Report on lock hospitals in British Burma
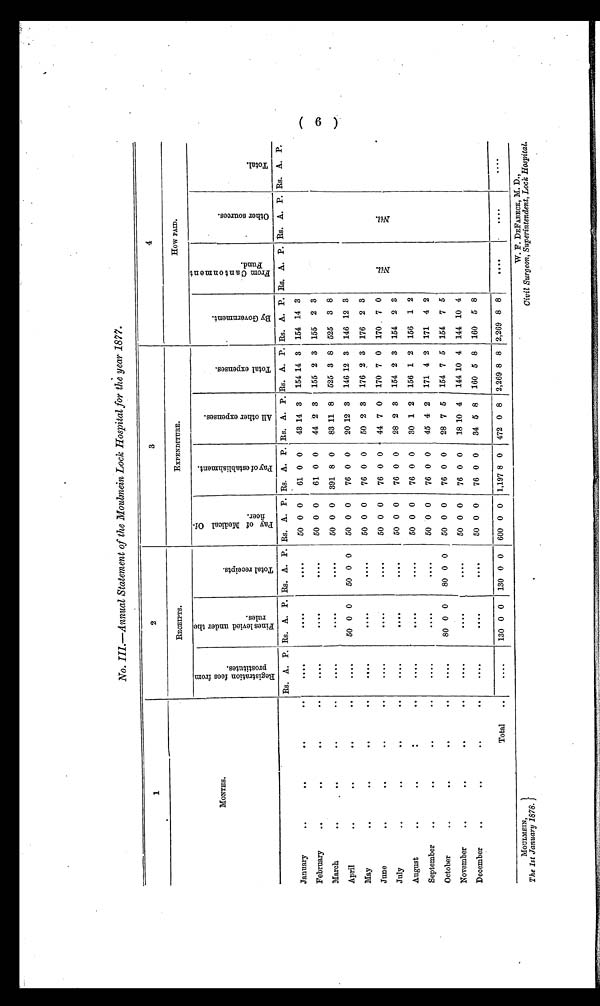
MOULMEIN,
The 1st January 1878.
W. F. DEFABECK, M. D.,
Civil Surgeon, Superintendent, Lock Hospital.
No. III.—Annual Statement of the Moulmein Lock Hospital for the year 1877.
1
2
3
4
MONTHS.
RECEIPTS.
EXPENDITURE.
How PAID.
R e g i s t r a t i o n f e e s f r o m p r o s t i t u t e s .
F i n e s l e v i e d u n d e r t h e r u l e s .
T o t a l r e c e i p t s .
P a y o f M e d i c a l o f f i c e r .
P a y o f e s t a b l i h m e n t .
A l l o t h e r e x p e n s e s .
T o t a l e x p e n s e s .
B y g o v e r n m e n t .
F r o m C a n t o n m e n t F u n d .
O t h e r s o u r c e s .
T o t a l .
Rs. A. P. Rs. A. P. Rs. A. P. Rs. A. P. Rs. A. P. Rs. A. P. Rs. A. P. Rs. A. P. Rs. A. P. Rs. A. P. Rs. A. P.
January
..
..
..
..
. .
••••
••••
50 0 0
61 0 0
43 14 3
154 14 3
154 14 3
N i l .
N i l .
February
..
. .
. .
. .
. . . .
. . . .
....
50 0 0
61 0 0
44 2 3
155 2 3 155 2 3
March
. .
..
. .
. .
. . . .
. . . .
••••
50 0 0
391 8 0
83 11 8
525 3 8
525
3 8
April
..
. .
. .
. .
. . . . 50 0 0
50 0 0
50 0 0
76 0 0
20 12 3
146 12 3
146 12 3
May
. .
..
. .
. .
....
. . . .
. . . .
50 0 0
76 0 0
50 2 3
176 2 3
176
2 3
June
. .
. .
. .
. .
. . . .
....
. . . .
50 0 0
76 0 0
44 7 0 1 170 7 0
170
7 0
July
..
..
..
..
••••
. . . .
. . . .
50 0 0
76 0 0
28 2 3
154 2 3
154
2 3
August
..
..
. .
. .
. . . .
. . . .
. . . .
50 0 0
76 0 0
30 1 2
156 1 2
156
1 2
September
..
..
. .
. .
. . . .
. . . .
. . . .
50 0 0
76 0 0
45 4 2
171 4 2
171
4 2
October
. .
. .
..
. .
. . . . 80 0 0
80 0 0
50 0 0
76 0 0
28 7 5
154 7 5
154
7 5
November
..
. .
. .
. .
. . . .
. . . .
. . . .
50 0 0
76 0 0
18 10 4
144 10 4 144 10 4
December
..
. .
. .
..
. . . .
. . . .
. . . .
50 0 0
76 0 0
34 5 8
160 5 8
160
5 8
Total
..
. . . . 130 0 0
130 0 0
600 0 0
1,197 8 0
472 0 8
2,269 8 8 12,269 8 8
. . . .
. . . .
. . . .
( 6) .
M